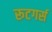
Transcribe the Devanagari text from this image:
रूटगर्स